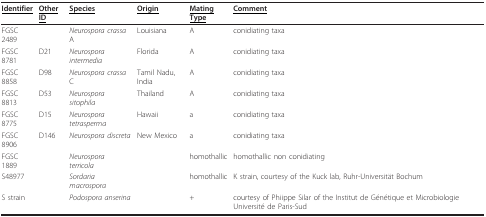
| <underline>Identifier</underline> | <underline>Other ID</underline> | <underline>Species</underline> | <underline>Origin</underline> | <underline>Mating Type</underline> | <underline>Comment</underline> |
 | --- | --- | --- | --- | --- | --- |
 | FGSC 2489 |  | Neurospora crassa A | Louisiana | A | conidiating taxa |
 | FGSC 8781 | D21 | Neurospora intermedia | Florida | A | conidiating taxa |
 | FGSC 8858 | D98 | Neurospora crassa C | Tamil Nadu, India | A | conidiating taxa |
 | FGSC 8813 | D53 | Neurospora sitophila | Thailand | A | conidiating taxa |
 | FGSC 8775 | D15 | Neurospora tetrasperma | Hawaii | a | conidiating taxa |
 | FGSC 8906 | D146 | Neurospora discreta | New Mexico | a | conidiating taxa |
 | FGSC 1889 |  | Neurospora terricola |  | homothallic | homothallic non conidiating |
 | S48977 |  | Sordaria macrospora |  | homothallic | K strain, courtesy of the Kuck lab, Ruhr-Universität Bochum |
 | S strain |  | Podospora anserina |  | + | courtesy of Phiippe Silar of the Institut de Génétique et Microbiologie Université de Paris-Sud |